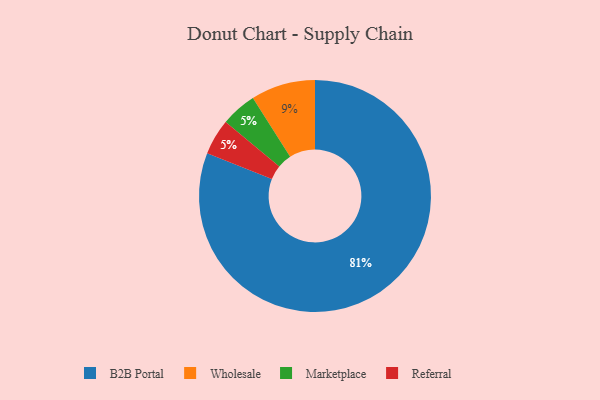
{"axis": {"x": "Category", "y": "Percentage"}, "legend": ["B2B Portal", "Marketplace", "Referral", "Wholesale"], "data": [{"x": "B2B Portal", "y": 81, "type": "B2B Portal"}, {"x": "Marketplace", "y": 5, "type": "Marketplace"}, {"x": "Referral", "y": 5, "type": "Referral"}, {"x": "Wholesale", "y": 9, "type": "Wholesale"}]}